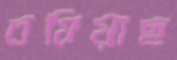
চষিয়াছ